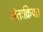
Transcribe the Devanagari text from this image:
अंतःक्रिया।